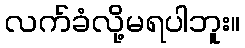
လက်ခံလို့မရပါဘူး။